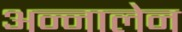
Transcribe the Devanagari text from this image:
अन्नालेन